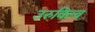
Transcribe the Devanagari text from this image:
उरुविल्व